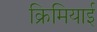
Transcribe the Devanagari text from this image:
क्रिमियाई